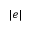
| e |